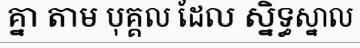
គ្នា តាម បុគ្គល ដែល ស្និទ្ធស្នាល